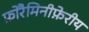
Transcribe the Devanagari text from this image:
फ़ोरैमिनीफ़ेरीय